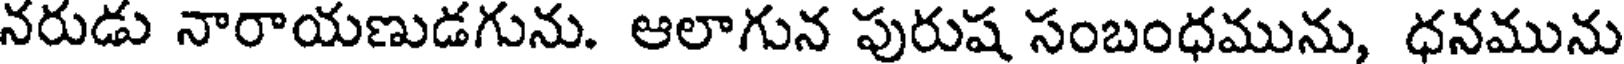
నరుడు నారాయణుడగును. ఆలాగున పురుష సంబంధమును, ధనమును